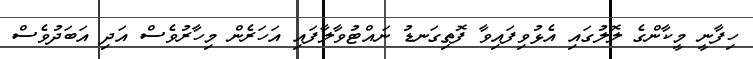
ހިފާނީ މީކާންގެ ލޮލުގައި އެޅުވިފައިވާ ފޮތިގަނޑު ނައްޓުވާލާފައި އަހަރެން މިހާރުވެސް އަދި އަބަދުވެސް